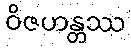
ဝိဇဟန္တဿ